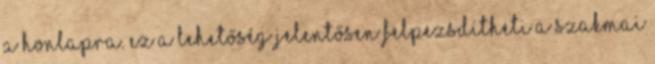
a honlapra. Ez a lehetőség jelentősen felpezsdítheti a szakmai